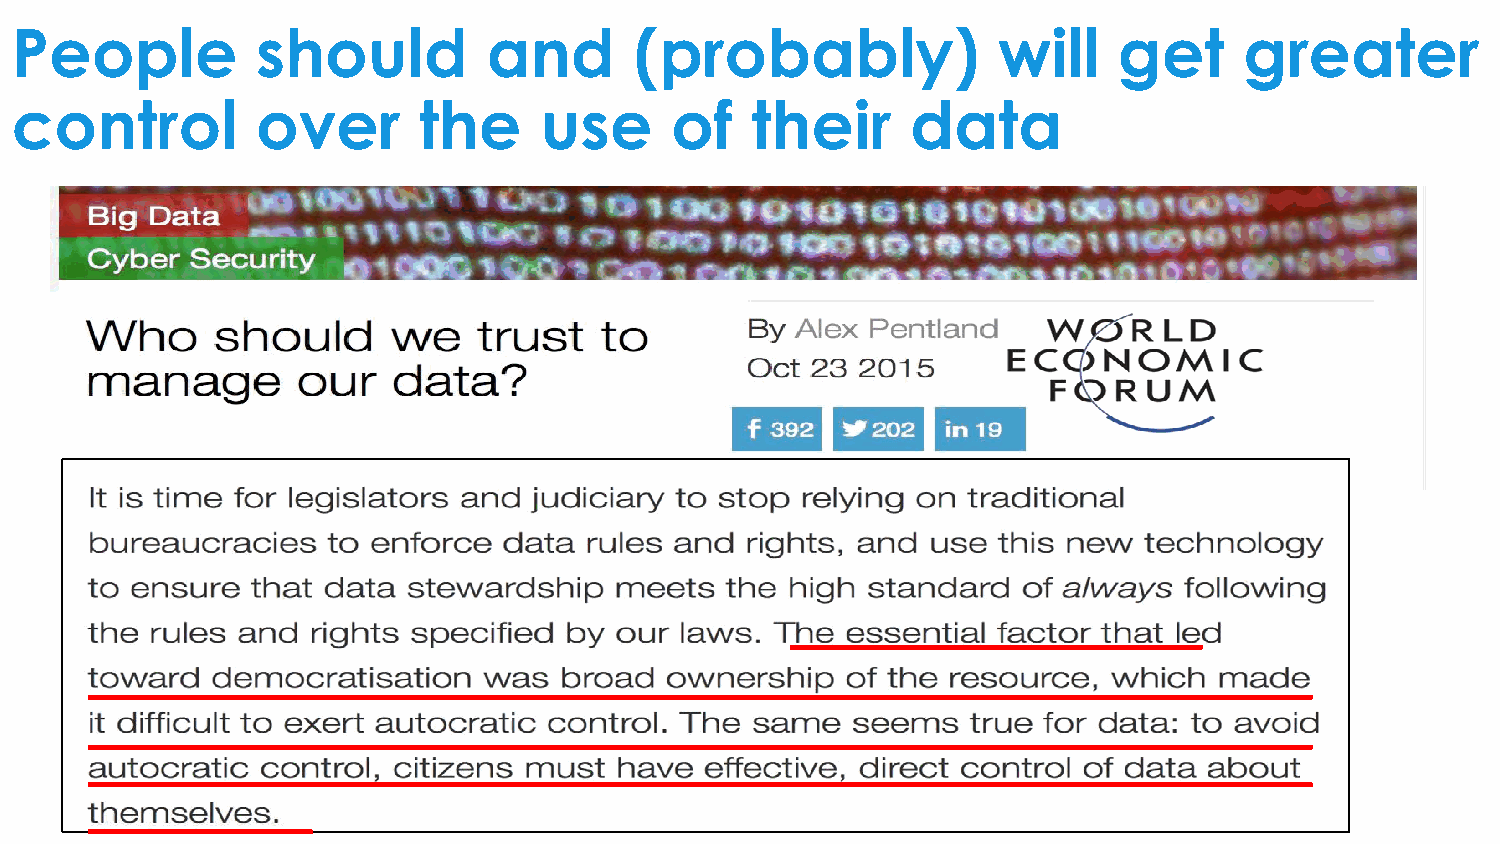
People          should         and       (probably)              will    get     greater
 control         over       the     use     of    their     data